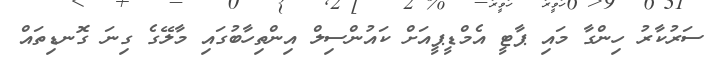
ސަރުކާރު ހިންގާ މައި ޕާޓީ އެމްޑީޕީއަށް ކައުންސިލް އިންތިހާބުގައި މާލޭގެ ގިނަ ގޮނޑިތައް